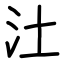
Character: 汢